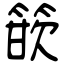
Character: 篏